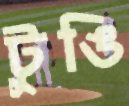
টুঙি